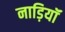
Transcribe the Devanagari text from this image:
नाड़ियॉं